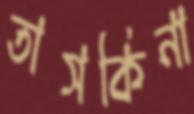
তাসকিনা